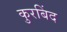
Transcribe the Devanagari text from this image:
कुरबिंद